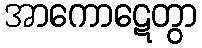
အာကောဋေတွာ